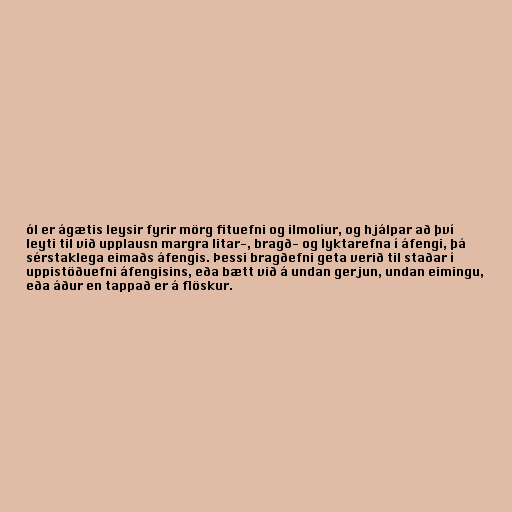
ól er ágætis leysir fyrir mörg fituefni og ilmolíur, og hjálpar að því
leyti til við upplausn margra litar-, bragð- og lyktarefna í áfengi, þá
sérstaklega eimaðs áfengis. Þessi bragðefni geta verið til staðar í
uppistöðuefni áfengisins, eða bætt við á undan gerjun, undan eimingu,
eða áður en tappað er á flöskur.